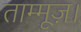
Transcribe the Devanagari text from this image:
ताम्मूज़।